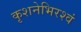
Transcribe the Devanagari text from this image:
कृशनेभिरश्वं